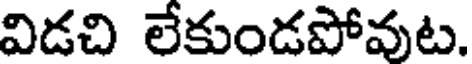
విడచి లేకుండపోవుట.